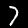
Digit: 7